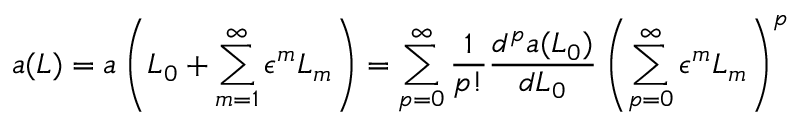
a ( L ) = a \left( L _ { 0 } + \sum _ { m = 1 } ^ { \infty } \epsilon ^ { m } L _ { m } \right) = \sum _ { p = 0 } ^ { \infty } \frac { 1 } { p ! } \frac { d ^ { p } a ( L _ { 0 } ) } { d L _ { 0 } } \left( \sum _ { p = 0 } ^ { \infty } \epsilon ^ { m } L _ { m } \right) ^ { p }